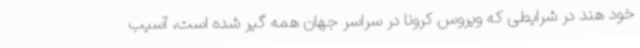
خود هند در شرایطی که ویروس کرونا در سراسر جهان همه گیر شده است، آسیب